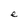
Character: e